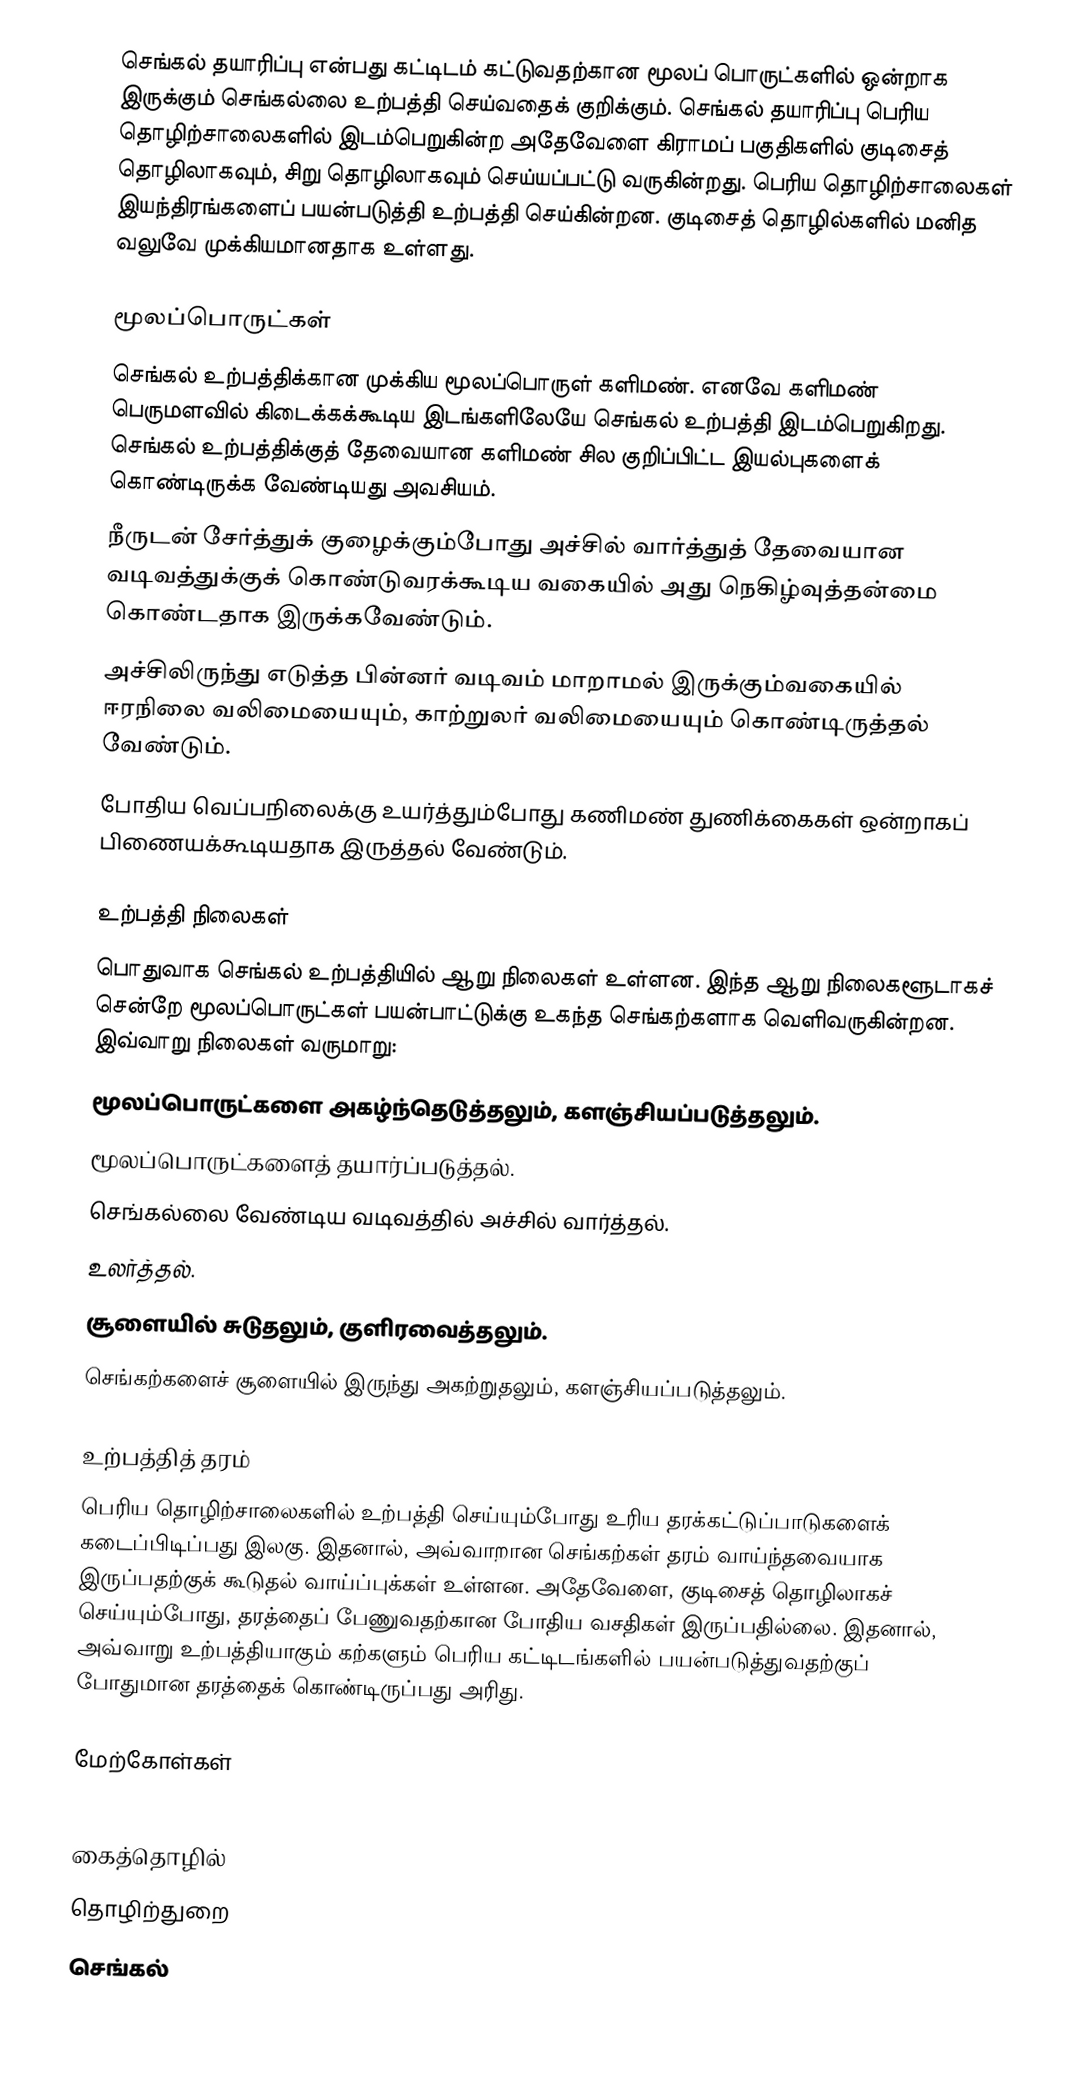
செங்கல் தயாரிப்பு என்பது கட்டிடம் கட்டுவதற்கான மூலப் பொருட்களில் ஒன்றாக இருக்கும் செங்கல்லை உற்பத்தி செய்வதைக் குறிக்கும். செங்கல் தயாரிப்பு பெரிய தொழிற்சாலைகளில் இடம்பெறுகின்ற அதேவேளை கிராமப் பகுதிகளில் குடிசைத் தொழிலாகவும், சிறு தொழிலாகவும் செய்யப்பட்டு வருகின்றது. பெரிய தொழிற்சாலைகள் இயந்திரங்களைப் பயன்படுத்தி உற்பத்தி செய்கின்றன. குடிசைத் தொழில்களில் மனித வலுவே முக்கியமானதாக உள்ளது.

மூலப்பொருட்கள்
செங்கல் உற்பத்திக்கான முக்கிய மூலப்பொருள் களிமண். எனவே களிமண் பெருமளவில் கிடைக்கக்கூடிய இடங்களிலேயே செங்கல் உற்பத்தி இடம்பெறுகிறது. செங்கல் உற்பத்திக்குத் தேவையான களிமண் சில குறிப்பிட்ட இயல்புகளைக் கொண்டிருக்க வேண்டியது அவசியம்.
 நீருடன் சேர்த்துக் குழைக்கும்போது அச்சில் வார்த்துத் தேவையான வடிவத்துக்குக் கொண்டுவரக்கூடிய வகையில் அது நெகிழ்வுத்தன்மை கொண்டதாக இருக்கவேண்டும்.
 அச்சிலிருந்து எடுத்த பின்னர் வடிவம் மாறாமல் இருக்கும்வகையில் ஈரநிலை வலிமையையும், காற்றுலர் வலிமையையும் கொண்டிருத்தல் வேண்டும்.
 போதிய வெப்பநிலைக்கு உயர்த்தும்போது கணிமண் துணிக்கைகள் ஒன்றாகப் பிணையக்கூடியதாக இருத்தல் வேண்டும்.

உற்பத்தி நிலைகள்
பொதுவாக செங்கல் உற்பத்தியில் ஆறு நிலைகள் உள்ளன. இந்த ஆறு நிலைகளூடாகச் சென்றே மூலப்பொருட்கள் பயன்பாட்டுக்கு உகந்த செங்கற்களாக வெளிவருகின்றன. இவ்வாறு நிலைகள் வருமாறு:
 மூலப்பொருட்களை அகழ்ந்தெடுத்தலும், களஞ்சியப்படுத்தலும்.
 மூலப்பொருட்களைத் தயார்ப்படுத்தல்.
 செங்கல்லை வேண்டிய வடிவத்தில் அச்சில் வார்த்தல்.
 உலர்த்தல்.
 சூளையில் சுடுதலும், குளிரவைத்தலும்.
 செங்கற்களைச் சூளையில் இருந்து அகற்றுதலும், களஞ்சியப்படுத்தலும்.

உற்பத்தித் தரம்
பெரிய தொழிற்சாலைகளில் உற்பத்தி செய்யும்போது உரிய தரக்கட்டுப்பாடுகளைக் கடைப்பிடிப்பது இலகு. இதனால், அவ்வாறான செங்கற்கள் தரம் வாய்ந்தவையாக இருப்பதற்குக் கூடுதல் வாய்ப்புக்கள் உள்ளன. அதேவேளை, குடிசைத் தொழிலாகச் செய்யும்போது, தரத்தைப் பேணுவதற்கான போதிய வசதிகள் இருப்பதில்லை. இதனால், அவ்வாறு உற்பத்தியாகும் கற்களும் பெரிய கட்டிடங்களில் பயன்படுத்துவதற்குப் போதுமான தரத்தைக் கொண்டிருப்பது அரிது.

மேற்கோள்கள்

 கைத்தொழில்
தொழிற்துறை
செங்கல்